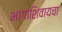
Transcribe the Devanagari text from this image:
भागाशिवायचा